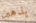
يذهبن